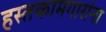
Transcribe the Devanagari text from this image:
हस्तकामगारांना